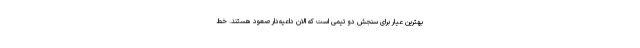
بهترین عیار برای سنجش دو تیمی است که الان داعیه‌دار صعود هستند. خط